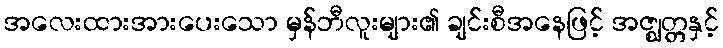
အလေးထားအားပေးသော မှန်ဘီလူးများ၏ ချင်းစီအနေဖြင့် အဇ္ဈတ္တနှင့်